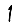
Digit: 1